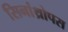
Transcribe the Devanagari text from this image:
सिनांथ्रोपस